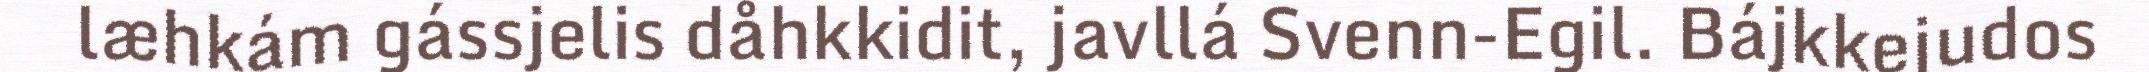
læhkám gássjelis dåhkkidit, javllá Svenn-Egil. Bájkkejudos